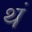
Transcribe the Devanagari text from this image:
थं